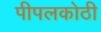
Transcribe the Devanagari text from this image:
पीपलकोठी